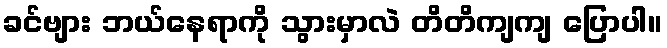
ခင်ဗျား ဘယ်နေရာကို သွားမှာလဲ တိတိကျကျ ပြောပါ။